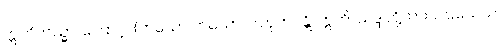
ဣတိတသ္မာ၊ ကြောင့်။ (တယော တယော၊ ပါတုဘဝန္တိ၊ ဣတိ၊ သဒ္ဒါတို့ကား ပါဌသေသ